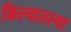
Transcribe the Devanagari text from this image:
किल्यातल्या